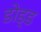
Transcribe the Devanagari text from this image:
डोड्ड